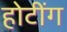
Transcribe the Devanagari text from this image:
होटींग